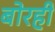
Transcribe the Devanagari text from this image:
बोरही